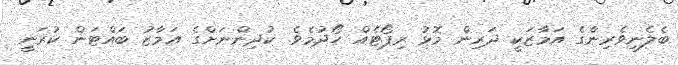
ބެލެނިވެރިންގެ އަމާޒަކީ ދަރިން މޮޅު ރިޕޯޓެއް ހޯދުމެވެ. ކުދިންނަށްގެ އަމާޒު ބައްޓަން ކުރަނީ